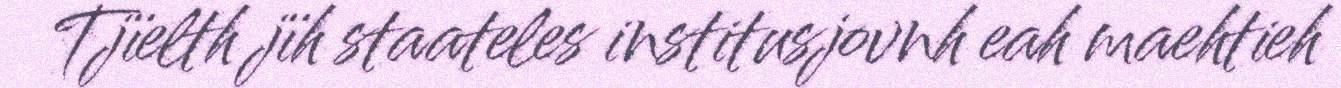
Tjïelth jïh staateles institusjovnh eah maehtieh